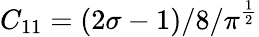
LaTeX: C_{11}=\left(2\sigma-1\right)/8/\pi^{\frac{1}{2}}